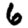
Digit: 6